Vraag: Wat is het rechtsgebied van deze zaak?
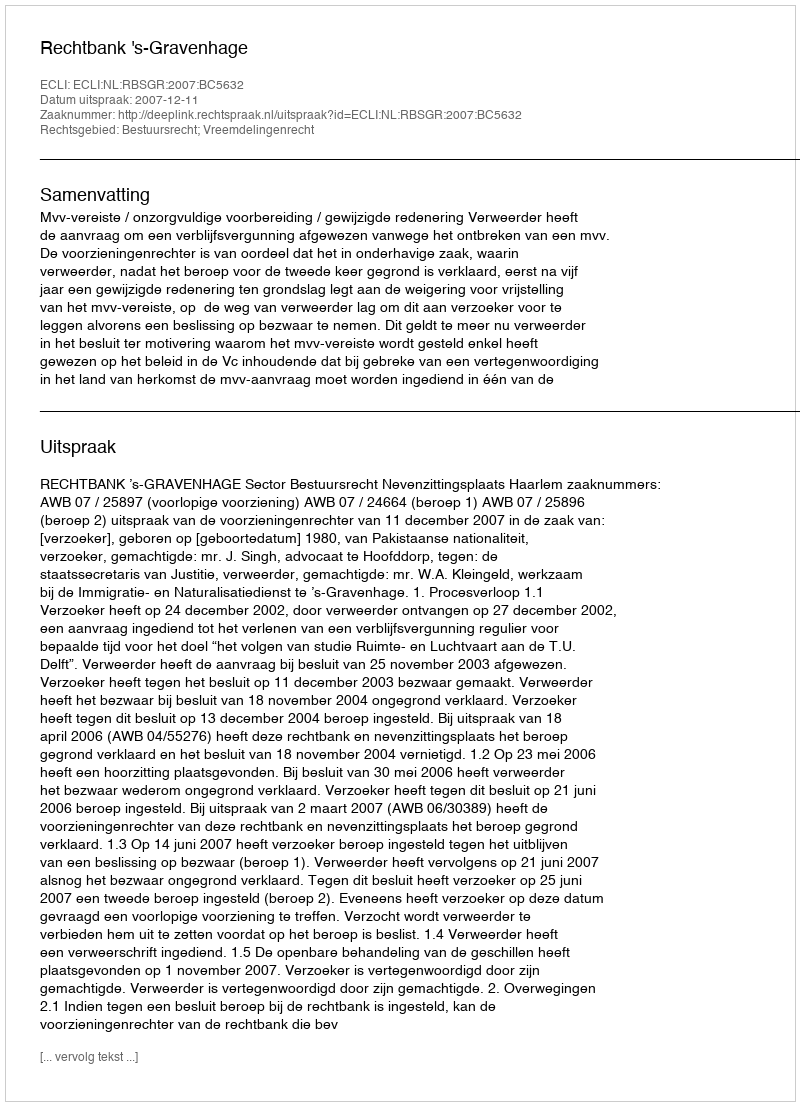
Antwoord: Bestuursrecht; Vreemdelingenrecht